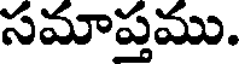
సమాప్తము.